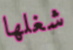
شغلها